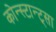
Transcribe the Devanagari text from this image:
कोन्स्टान्ट्सा